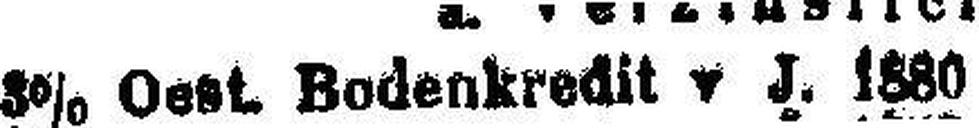
3% Oest. Bodenkredit v J. 1880